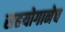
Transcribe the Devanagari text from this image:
सहयोगानेच